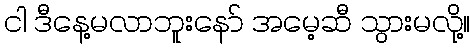
ငါ ဒီနေ့မလာဘူးနော် အမေ့ဆီ သွားမလို့။